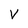
Character: V